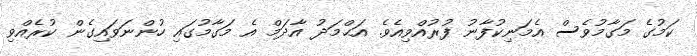
ކަމުގެ މަގާމުވެސް އެމަނިކުފާނު ފުރުއްވިއެވެ. އަޙްމަދު އާދަމް އެ މަގާމުގައި ހުންނަވައިގެން ކުރެއްވި